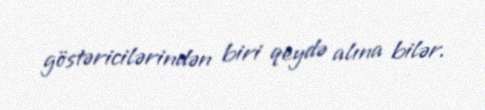
göstəricilərindən biri qeydə alına bilər.